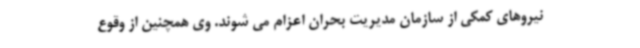
نیروهای کمکی از سازمان مدیریت بحران اعزام می شوند. وی همچنین از وقوع